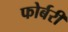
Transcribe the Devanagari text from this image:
फोर्बरी